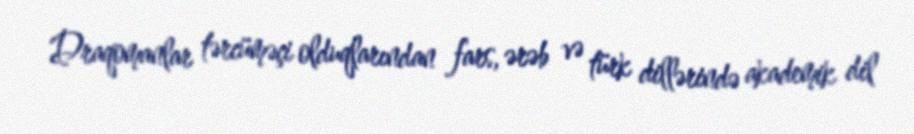
Draqomanlar tərcüməçi olduqlarından fars, ərəb və türk dillərində akademik dil